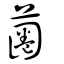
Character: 蔨